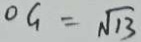
O G = \sqrt { 1 3 }